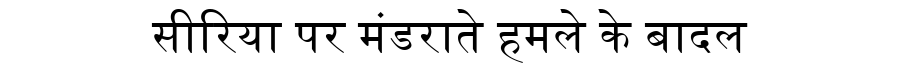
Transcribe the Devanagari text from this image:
सीरिया पर मंडराते हमले के बादल